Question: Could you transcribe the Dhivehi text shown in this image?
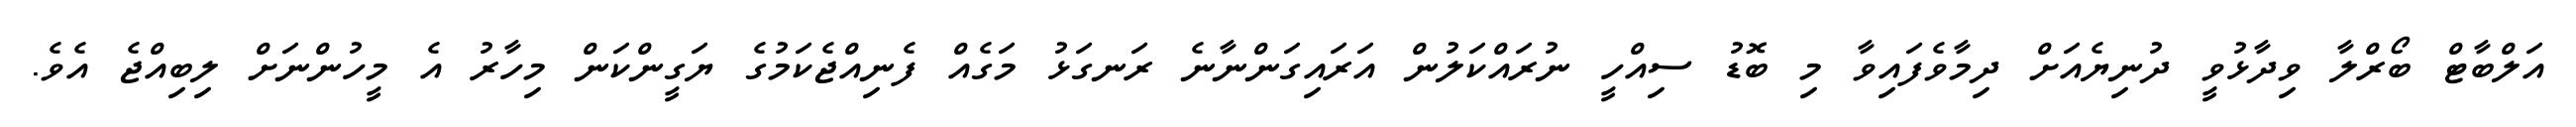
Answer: އަލްބާޓް ބޯރްލާ ވިދާޅުވީ ދުނިޔެއަށް ދިމާވެފައިވާ މި ބޮޑު ސިއްހީ ނުރައްކަލުން އަރައިގަންނާނެ ރަނގަޅު މަގެއް ފެނިއްޖެކަމުގެ ޔަގީންކަން މިހާރު އެ މީހުންނަށް ލިބިއްޖެ އެވެ.